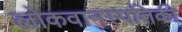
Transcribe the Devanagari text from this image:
लोकवानस्पतिकी